Leaving Certificate Examination (including Day School Certificate (Higher) General paper), 1936
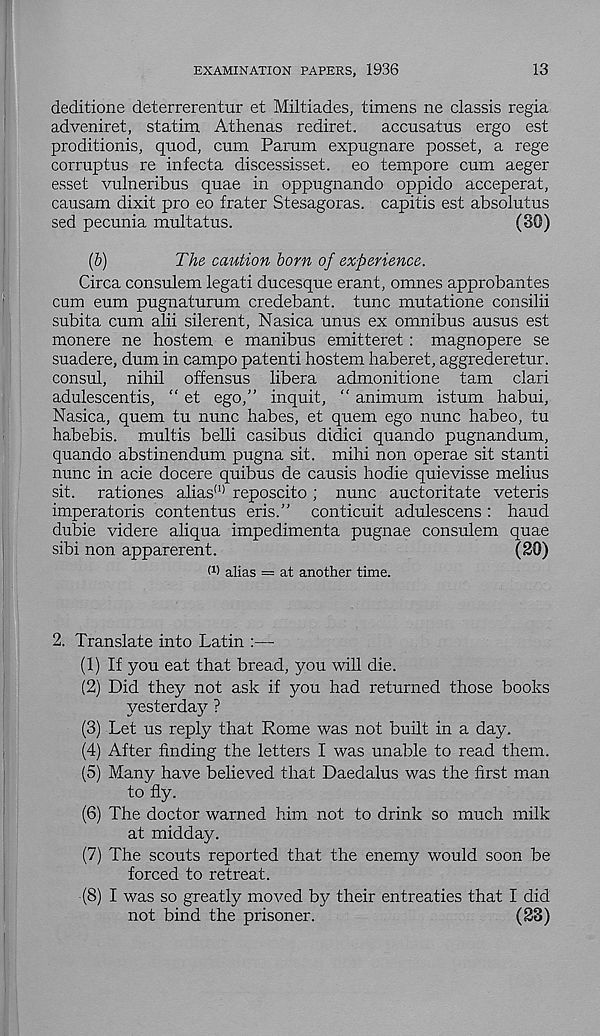
EXAMINATION PAPERS, 1936
13
deditione deterrerentur et Miltiades, timens ne classis regia
adveniret, statim Athenas rediret. accusatus ergo est
proditionis, quod, cum Parum expugnare posset, a rege
corruptus re infecta discessisset. eo tempore cum aeger
esset vulneribus quae in oppugnando oppido acceperat,
causam dixit pro eo frater Stesagoras. capitis est absolutus
sed pecunia multatus.
(30)
(b)
The caution born of experience.
Circa consulem iegati ducesque erant, omnes approbantes
cum eum pugnaturum credebant. tunc mutatione consilii
subita cum alii silerent, Nasica unus ex omnibus ausus est
monere ne hostem e manibus emitteret : magnopere se
suadere, dum in campo patenti hostem haberet, aggrederetur.
consul, nihil offensus libera admonitione tarn clari
adulescentis, “ et ego,” inquit, “ animum istum habui,
Nasica, quern tu nunc habes, et quern ego nunc habeo, tu
habebis. multis belli casibus didici quando pugnandum,
quando abstinendum pugna sit. mihi non operae sit stanti
nunc in acie docere quibus de causis hodie quievisse melius
sit. rationes alias (1) reposcito; nunc auctoritate veteris
imperatoris contentus eris.” conticuit adulescens: baud
dubie videre aliqua impedimenta pugnae consulem quae
sibi non apparerent.
(20)
W alias = at another time.
2. Translate into Latin :—
(1) If you eat that bread, you will die.
(2) Did they not ask if you had returned those books
yesterday ?
(3) Let us reply that Rome was not built in a day.
(4) After finding the letters I was unable to read them.
(5) Many have believed that Daedalus was the first man
to fly.
(6) The doctor warned him not to drink so much milk
at midday.
(7) The scouts reported that the enemy would soon be
forced to retreat.
(8) I was so greatly moved by their entreaties that I did
not bind the prisoner.
(23)